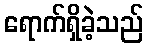
ရောက်ရှိခဲ့သည်